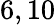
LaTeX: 6,10